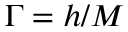
\Gamma = h / M